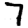
Digit: 7